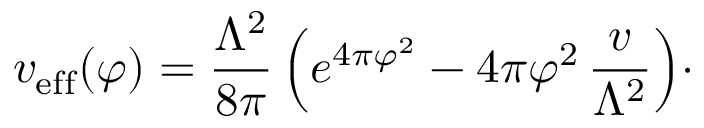
v _ { \mathrm { e f f } } ( \varphi ) = { \frac { \Lambda ^ { 2 } } { 8 \pi } } \, \Bigl ( e ^ { 4 \pi \varphi ^ { 2 } } - 4 \pi \varphi ^ { 2 } \, { \frac { v } { \Lambda ^ { 2 } } } \Bigr ) \cdotp